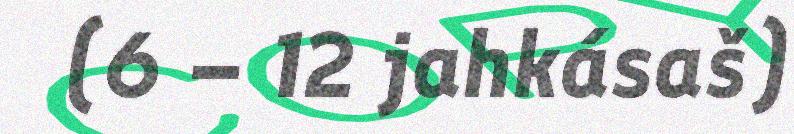
(6 – 12 jahkásaš)